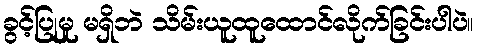
ခွင့်ပြုမှု မရှိဘဲ သိမ်းယူထူထောင်လိုက်ခြင်းပါပဲ။